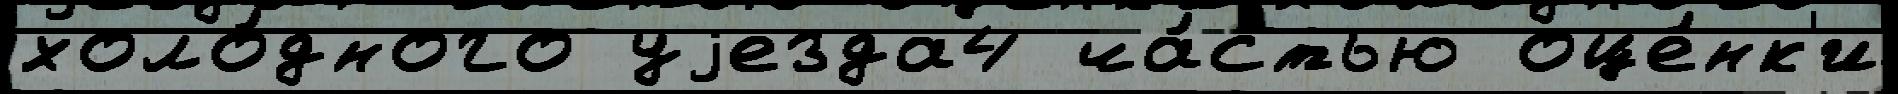
холо́дного уjезда4 ча́стью оце́нк'и